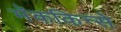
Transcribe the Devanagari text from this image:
मॅककिन्से